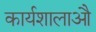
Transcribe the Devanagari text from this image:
कार्यशालाऔ